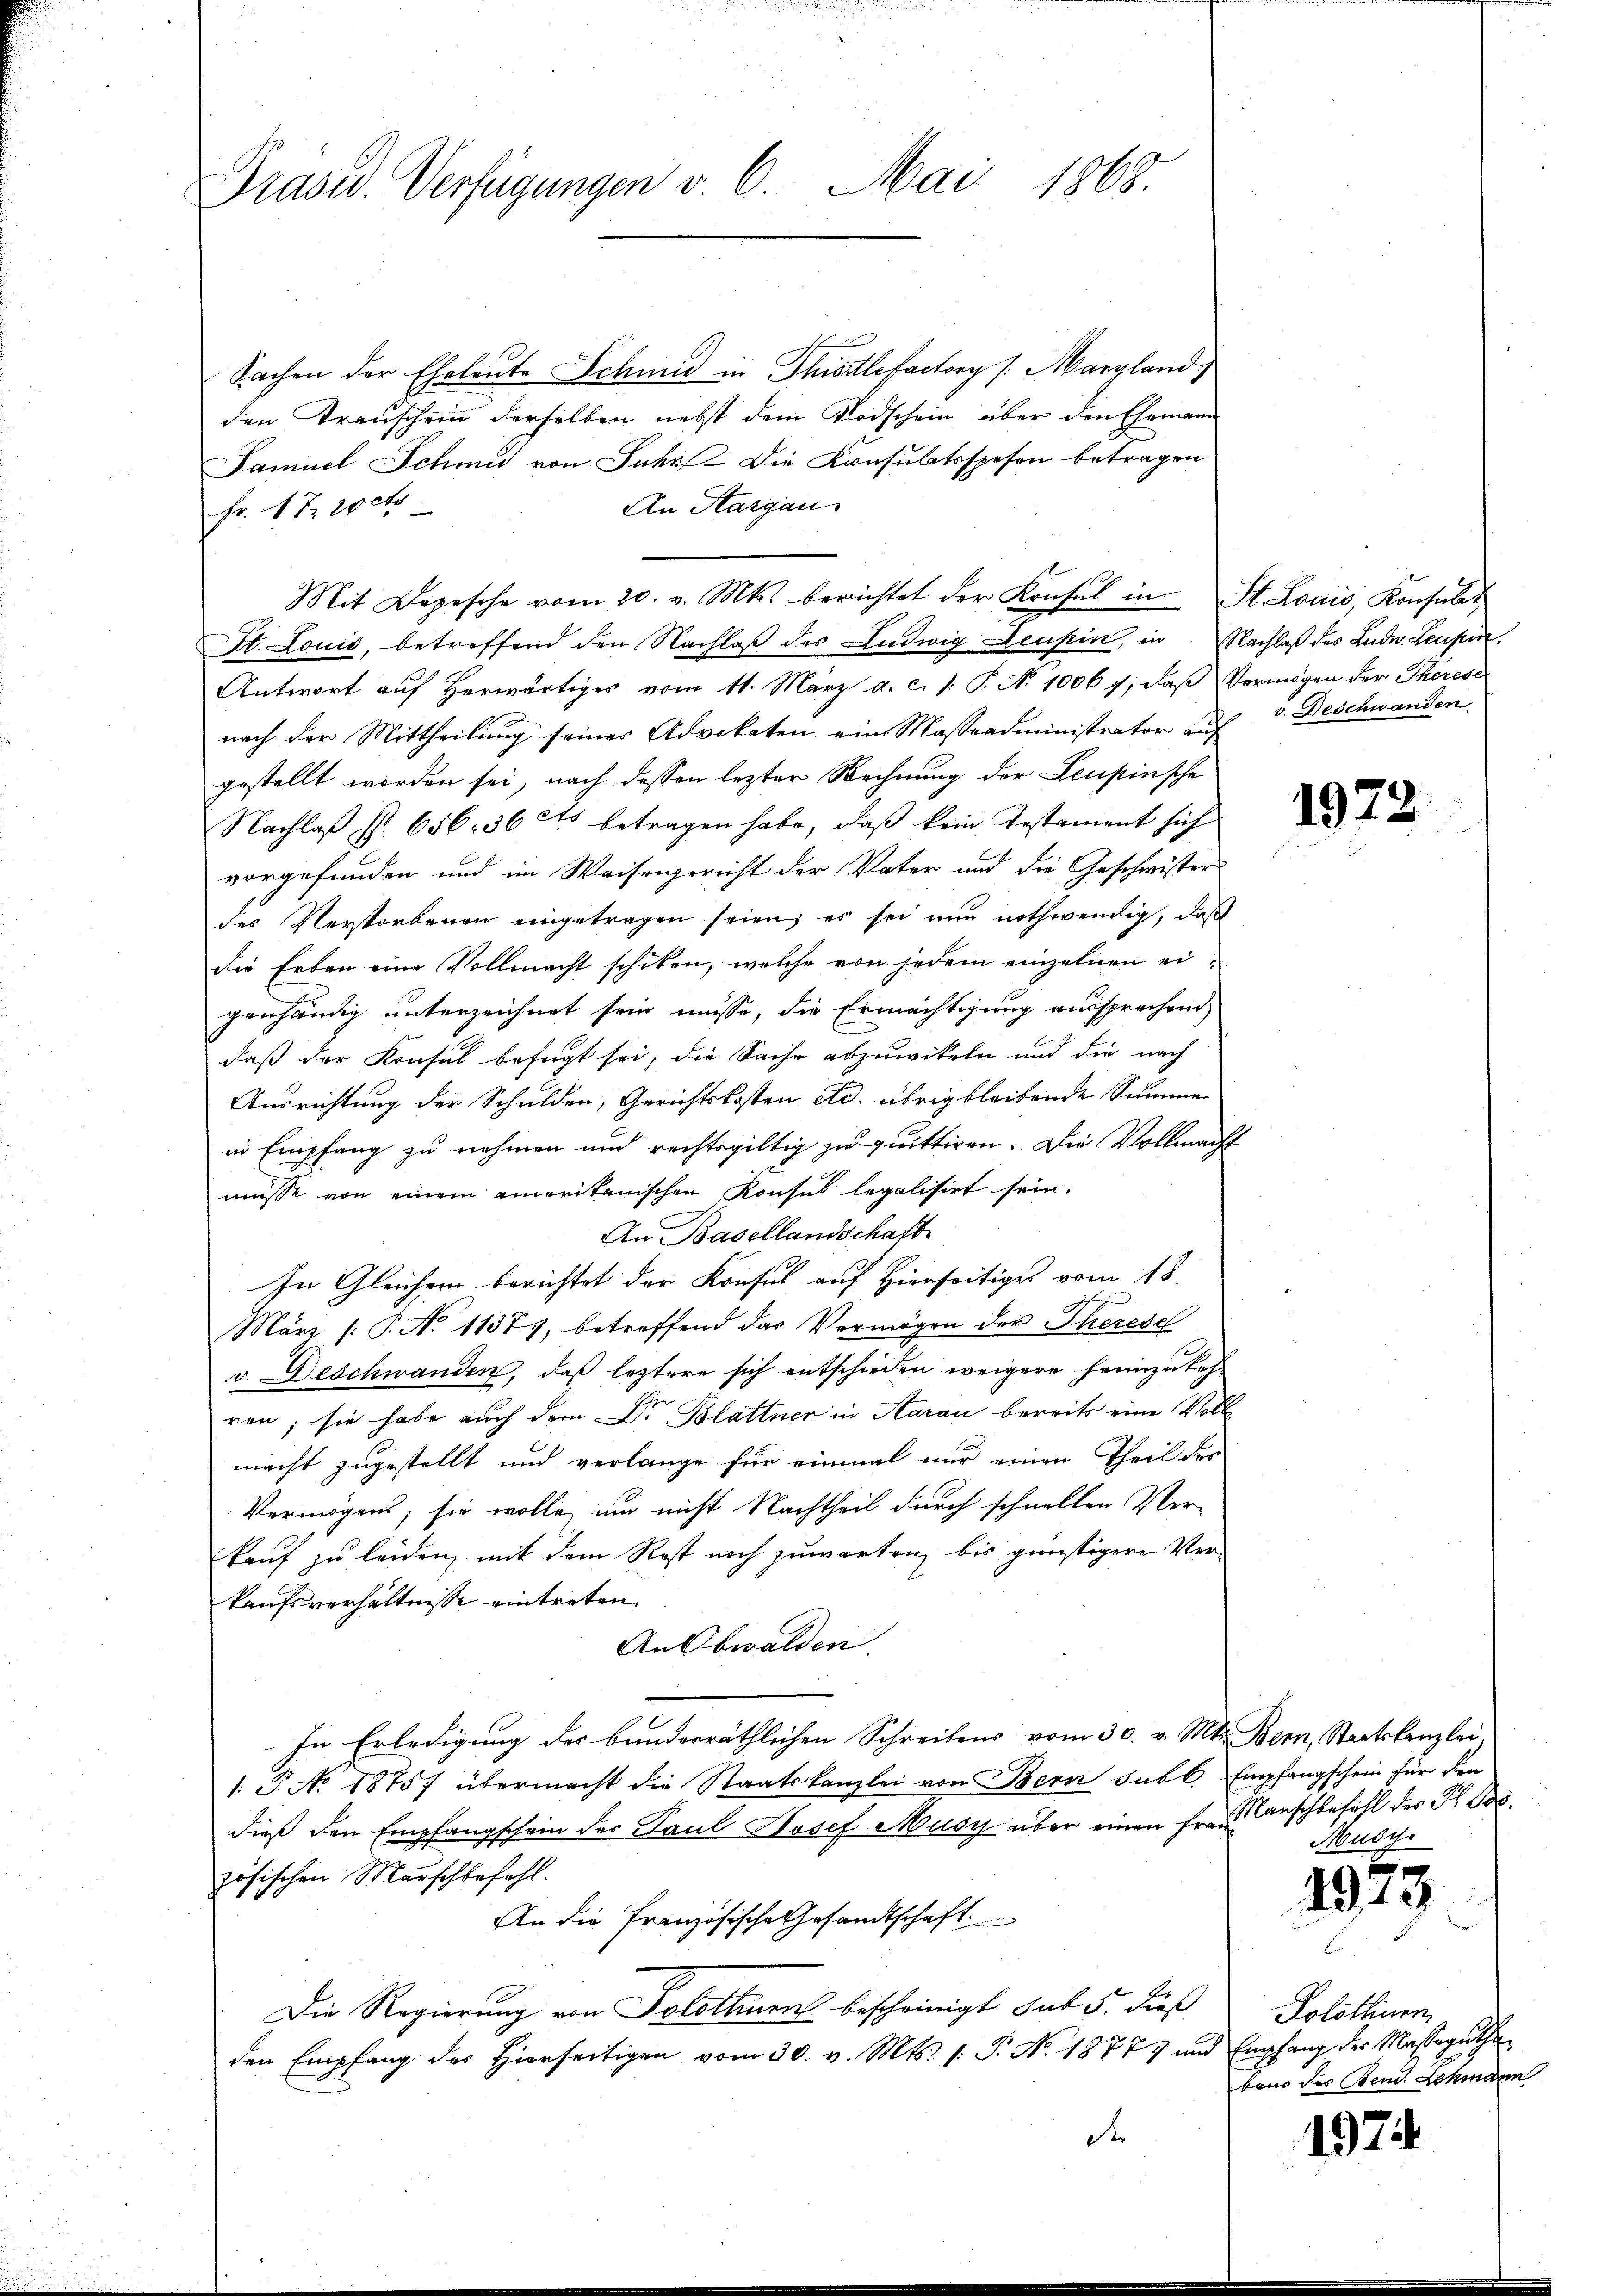
Präsid. Verfügungen v. 6. Mai 1868.

Sachen der Eheleute Schmid in Thiertlefactory /: Manzland
den Transchein derselben nebst dem Todschein über den Ehemann
Samuel Schmid von Jahr. Die Konsulatsspesen betragen
An Aargau
Fr. 17. 200
Mit Depesche vom 20. v. Mts. berichtet der Konsul in St. Louis, Konsulat
St. Louić, betreffend den Nachlaβ des Ludwig Leubin, in Nachlaß des Ludn. Leuper¬
Antwort auf herwärtiges vom 11. März a. c. /: P. Nr. 1006 7, daß Vermögen der Therese
nach der Mittheilung seines Advokaten ein Masseadministrator auf
gestellt worden sei, nach dessen lezter Rechnung der Leupinsche
Nachlaß §. 656. 36 ds betragen habe, daß kein Testament sich
vorgefunden und im Waisengericht der Vater und die Geschwister
des Verstorbenen eingetragen seien; es sei nun nothwendig, daß
die Erben eine Vollmacht schiken, welche von jedem einzelnen eigenhändig unterzeichnet sein müsse, die Ermächtigung aussprechend
daß der Konsul befugt sei, die Sache abzuwikeln und die nach
Ausrichtung der Schulden, Gerichtskosten Ad. übrig bleibende Summe
in Empfang zu nehmen und rechtsgültig zu quittiren. Die Vollmacht
müsse von einem amerikanischen Konsul legalisirt sein.
An Basellandschaft
In Gleicher berichtet der Konsul auf Hierseitiges vom 18.
März /: P. No 11377, betreffend das Vermögen der Therese
v. Deschwanden, daß leztere sich entschieden weigere heimzukehren; sie habe auch dem Dr. Blattner in Aarau bereits eine Voll
macht zugestellt und verlange für einmal nur einen Theil des
Vermögens; sie wolle, und nicht Nachtheil durch schnellen Verkauf zu leiden, mit dem Rest noch zuwarten, bis günstigere Ver-
kaufsverhältnisse eintreten.
An Obwalden.
In Erledigung des bunderräthlichen Schreibens vom 30. v. Mts. Bern, Staatskanzlei
1: P. No 18757 übermacht die Staatskanzlei von Bern sub l. Empfangschein für den
dieß den Empfangschein der Paul Josef Musy über einen fr. Karschbefühl des H. Jos.
zösischen Marschbefahl.
An die Französische Gesandtschaft
Die Regierung von Solothurn bescheinigt sut 5. dieß
den Empfang des Hierseitigen vom 30. v. Mts. 1. P. Nr. 18777 und Empfang des Massaguthe
d

v. Beschwanden

1972

Musyr

1973

Solothurn
beur des Bem. Schmann

1974